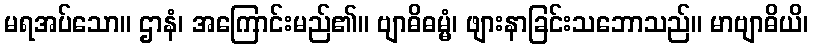
မရအပ်သော။ ဌာနံ၊ အကြောင်းမည်၏။ ဗျာဓိဓမ္မံ၊ ဖျားနာခြင်းသဘောသည်။ မာဗျာဓိယိ၊